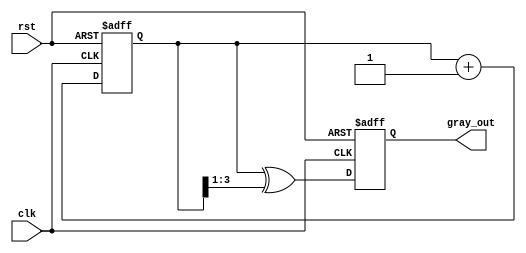
module gray_code_counter (
    input wire clk,          // Clock signal
    input wire rst,          // Asynchronous reset signal
    output reg [N-1:0] gray_out // Gray code output
);
    parameter N = 4; // Number of bits for the counter

    reg [N-1:0] bin_count; // Internal binary counter

    // Binary to Gray code conversion
    function [N-1:0] binary_to_gray;
        input [N-1:0] binary;
        begin
            binary_to_gray = binary ^ (binary >> 1);
        end
    endfunction

    // Asynchronous reset and counting mechanism
    always @(posedge clk or posedge rst) begin
        if (rst) begin
            bin_count <= 0; // Initialize binary counter to zero
            gray_out <= binary_to_gray(0); // Initialize Gray code output
        end else begin
            bin_count <= bin_count + 1; // Increment binary counter
            gray_out <= binary_to_gray(bin_count); // Update Gray code output
        end
    end

endmodule